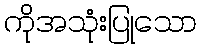
ကိုအသုံးပြုသော